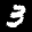
Label: 3